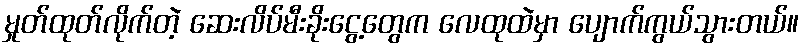
မှုတ်ထုတ်လိုက်တဲ့ ဆေးလိပ်မီးခိုးငွေ့တွေက လေထုထဲမှာ ပျောက်ကွယ်သွားတယ်။